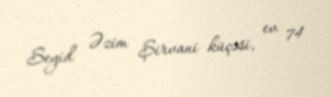
Seyid Əzim Şirvani küçəsi, ev 74